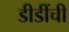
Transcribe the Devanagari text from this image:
डीडींची